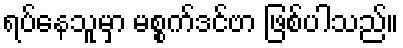
ရပ်နေသူမှာ မစ္စက်ဒင်ဗာ ဖြစ်ပါသည်။